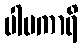
ပါပကာရိ